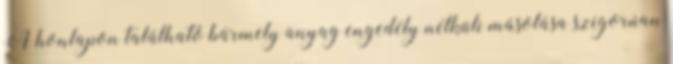
A honlapon található bármely anyag engedély nélküli másolása szigorúan